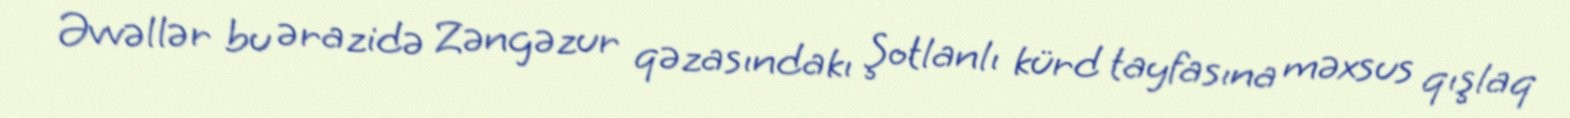
Əvvəllər bu ərazidə Zəngəzur qəzasındakı Şotlanlı kürd tayfasına məxsus qışlaq